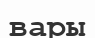
вары